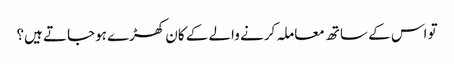
تو اس کے ساتھ معاملہ کرنے والے کے کان کھڑے ہوجاتے ہیں؟